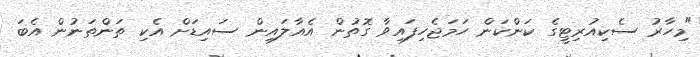
"މިހާރު ސެކިއުރިޓީގެ ކަންކަން ހަމަޖެހިފައިވާ ގޮތުން އެއާލައިން ސައިޑަށް އެކި ތަންތަނުން އެބަ